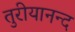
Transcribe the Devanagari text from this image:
तुरीयानन्द